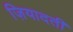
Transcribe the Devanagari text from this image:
ज़ियादती